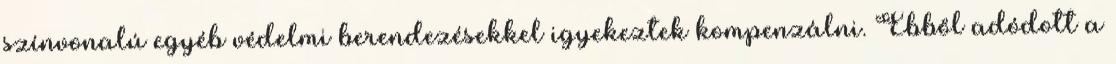
színvonalú egyéb védelmi berendezésekkel igyekeztek kompenzálni. Ebből adódott a